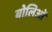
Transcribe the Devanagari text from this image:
बोलिओं